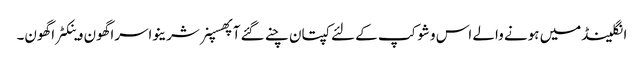
انگلینڈمیں ہونے والے اس وشوکپ کے لئے کپتان چنے گئے آپھسپنر شرینواسراگھون وینکٹراگھون۔